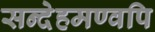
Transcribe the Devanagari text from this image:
सन्देहमण्वपि